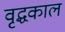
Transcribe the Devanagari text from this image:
वृद्धकाल